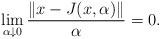
LaTeX: \begin{align*}\lim_{\alpha\downarrow 0}\frac{\|x-J(x,\alpha)\|}{\alpha}=0.\end{align*}